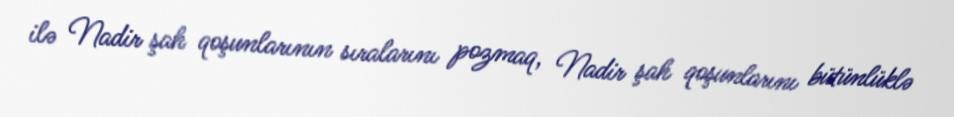
ilə Nadir şah qoşunlarının sıralarını pozmaq, Nadir şah qoşunlarını bütünlüklə